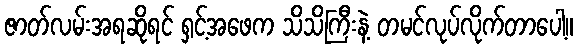
ဇာတ်လမ်းအရဆိုရင် ရှင့်အဖေက သိသိကြီးနဲ့ တမင်လုပ်လိုက်တာပေါ့။